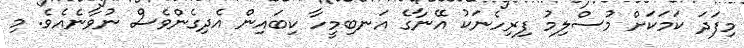
މިފަދަ ކަމަކަށް މުސްލިމު ފިރިހެނަކު އޭނާގެ އަނބިމީހާ ކިބައިން އެދިގެންވެސް ނުވާނެއެވެ. މި